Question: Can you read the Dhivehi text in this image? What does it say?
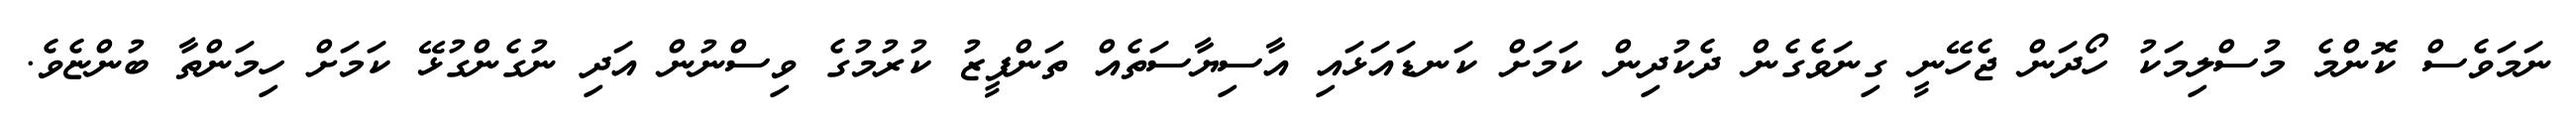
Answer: ނަމަވެސް ކޮންމެ މުސްލިމަކު ހޯދަން ޖެހޭނީ ގިނަވެގެން ދެކުދިން ކަމަށް ކަނޑައަޅައި އާސިޔާސަތެއް ތަންފީޒު ކުރުމުގެ ވިސްނުން އަދި ނުގެންގުޅޭ ކަމަށް ހިމަންތާ ބުންޏެވެ.